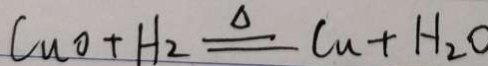
C u o + H _ { 2 } \xlongequal { \Delta } C u + H _ { 2 } O